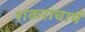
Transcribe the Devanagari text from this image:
शकराचार्य